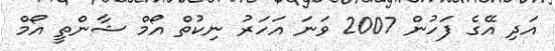
އަދި އޭގެ ފަހުން 2007 ވަނަ އަހަރު ނިކުތް އޯމް ޝާންތީ އޯމް